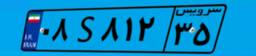
۰۸S۸۱۲۳۵